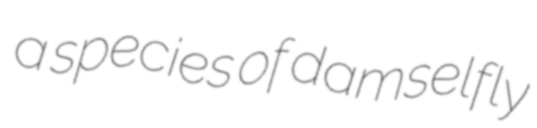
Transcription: a species of damselfly